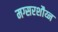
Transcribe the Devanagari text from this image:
मग्सरशौय्न